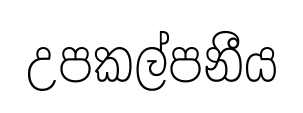
උපකල්පනීය